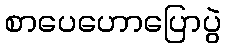
စာပေဟောပြောပွဲ